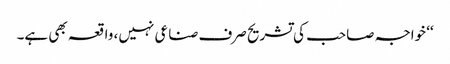
‘‘ خواجہ صاحب کی تشریح صرف صناعی نہیں، واقعہ بھی ہے۔